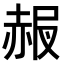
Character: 𧹠